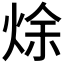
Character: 𰞩